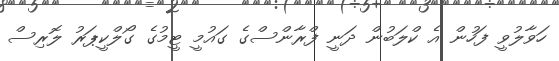
ހަވާލުވީ ފަހުން އެ ކްލަބުން ދަނީ ފްރާންސްގެ ގައުމީ ޓީމުގެ ގޯލްކީޕަރު ލޮރިސް